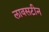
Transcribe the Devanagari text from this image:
लावसटीन